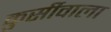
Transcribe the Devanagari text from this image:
कुर्सीवाला